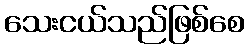
သေးငယ်သည်ဖြစ်စေ